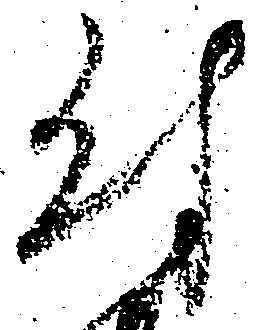
付